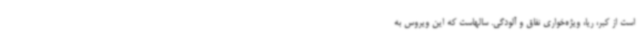
است از کبر، ریا، ویژه‌خواری نفاق و آلودگی. سالهاست که این ویروس به